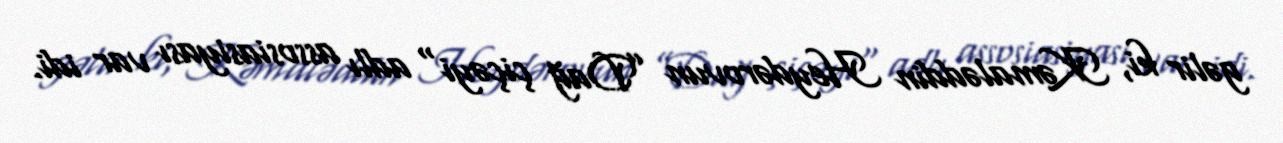
gəlir ki, Kəmaləddin Heydərovun ”Dağ çiçəyi" adlı assosiasiyası var idi.